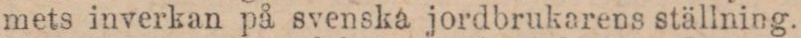
mets inverkan på svenska jordbrukarens ställning.